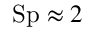
\mathrm { S p } \approx 2